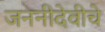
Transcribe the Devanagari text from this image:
जननीदेवीचे